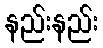
နည်းနည်း